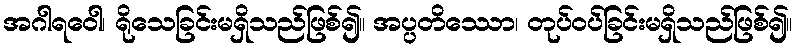
အဂါရဝေါ၊ ရိုသေခြင်းမရှိသည်ဖြစ်၍။ အပ္ပတိဿော၊ တုပ်ဝပ်ခြင်းမရှိသည်ဖြစ်၍။